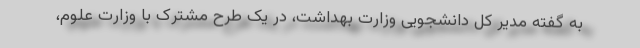
به گفته مدیر کل دانشجویی وزارت بهداشت، در یک طرح مشترک با وزارت علوم،